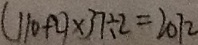
( 1 1 0 + 2 ) \times 3 7 \div 2 = 2 0 7 2